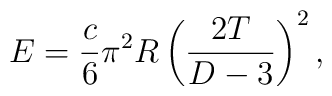
E={c\over 6}\pi^2R\left({{2T}\over{D-3}}\right)^2,